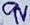
Text: 0V